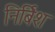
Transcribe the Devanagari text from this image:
निर्बिश